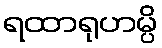
ရထာရုဟမ္ပိ